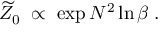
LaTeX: \widetilde { Z } _ { 0 } \; \propto \; \exp N ^ { 2 } \ln \beta \; .